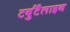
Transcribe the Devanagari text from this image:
टर्बुटैलाइन